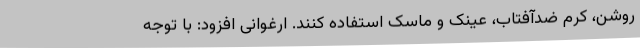
روشن، کرم ضدآفتاب، عینک و ماسک استفاده کنند. ارغوانی افزود: با توجه